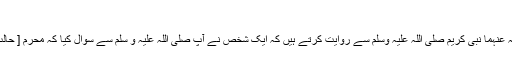
الحج )
ترجمہ : حضرت عبد اللہ بن عمر رضی اللہ عنہما نبی کریم صلی اللہ علیہ وسلم سے روایت کرتے ہیں کہ ایک شخص نے آپ صلی اللہ علیہ و سلّم سے سوال کیا کہ محرم [ حالت احرام میں ] کیا کیا کپڑےپہن سکتا ہے ؟